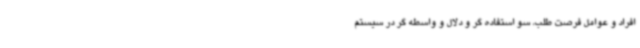
افراد و عوامل فرصت طلب، سو استفاده گر و دلال و واسطه گر در سیستم